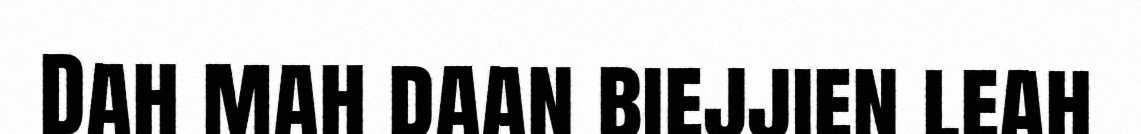
Dah mah daan biejjien leah